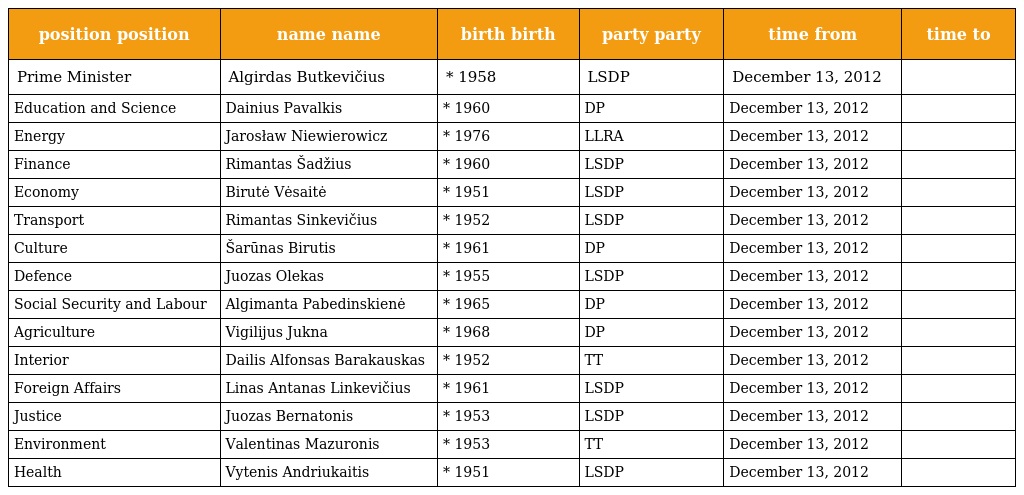
| position position | name name | birth birth | party party | time from | time to |
 | --- | --- | --- | --- | --- | --- |
 | Prime Minister | Algirdas Butkevičius | * 1958 | LSDP | December 13, 2012 |  |
 | Education and Science | Dainius Pavalkis | * 1960 | DP | December 13, 2012 |  |
 | Energy | Jarosław Niewierowicz | * 1976 | LLRA | December 13, 2012 |  |
 | Finance | Rimantas Šadžius | * 1960 | LSDP | December 13, 2012 |  |
 | Economy | Birutė Vėsaitė | * 1951 | LSDP | December 13, 2012 |  |
 | Transport | Rimantas Sinkevičius | * 1952 | LSDP | December 13, 2012 |  |
 | Culture | Šarūnas Birutis | * 1961 | DP | December 13, 2012 |  |
 | Defence | Juozas Olekas | * 1955 | LSDP | December 13, 2012 |  |
 | Social Security and Labour | Algimanta Pabedinskienė | * 1965 | DP | December 13, 2012 |  |
 | Agriculture | Vigilijus Jukna | * 1968 | DP | December 13, 2012 |  |
 | Interior | Dailis Alfonsas Barakauskas | * 1952 | TT | December 13, 2012 |  |
 | Foreign Affairs | Linas Antanas Linkevičius | * 1961 | LSDP | December 13, 2012 |  |
 | Justice | Juozas Bernatonis | * 1953 | LSDP | December 13, 2012 |  |
 | Environment | Valentinas Mazuronis | * 1953 | TT | December 13, 2012 |  |
 | Health | Vytenis Andriukaitis | * 1951 | LSDP | December 13, 2012 |  |